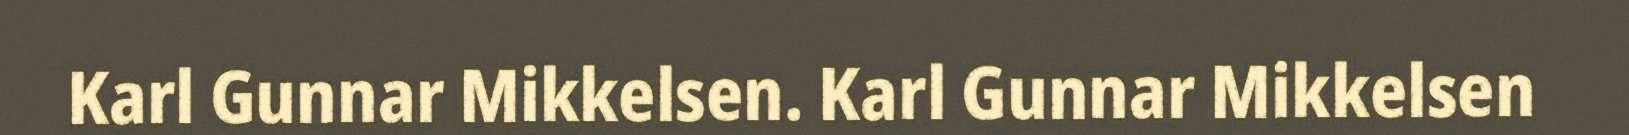
Karl Gunnar Mikkelsen. Karl Gunnar Mikkelsen